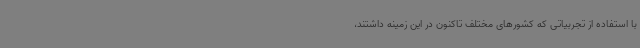
با استفاده از تجربیاتی که کشورهای مختلف تاکنون در این زمینه داشتند،